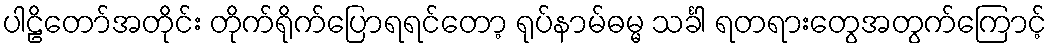
ပါဠိတော်အတိုင်း တိုက်ရိုက်ပြောရရင်တော့ ရုပ်နာမ်ဓမ္မ သင်္ခါ ရတရားတွေအတွက်ကြောင့်